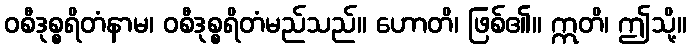
ဝစီဒုစ္စရိတံနာမ၊ ဝစီဒုစ္စရိတံမည်သည်။ ဟောတိ၊ ဖြစ်၏။ ဣတိ၊ ဤသို့။